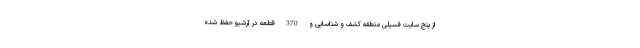
از پنج سایت فسیلی منطقه کشف و شناسایی و 370 قطعه در آرشیو حفظ شده